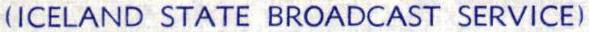
(ICELAND STATE BROADCAST SERVICE)